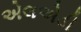
એલએડી